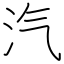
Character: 汽